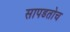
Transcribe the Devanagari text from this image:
सापडतोच